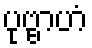
ပုဗ္ဗာဟံ